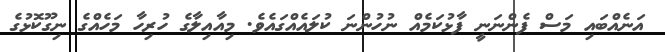
އަނެއްބައި މަސް ފެންނަނީ ފާޅުކަމެއް ނުހުންނަ ކުލައެއްގައެވެ. މިއާއިލާގެ ހުރިހާ މަހެއްގެ ނިގޫކޮޅުގެ